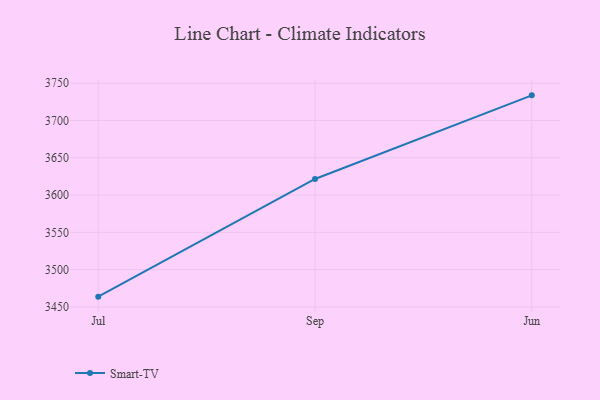
{"axis": {"x": "Month", "y": "Active Users"}, "legend": ["Smart-TV"], "data": [{"x": "Jul", "y": 3463.8, "type": "Smart-TV"}, {"x": "Sep", "y": 3621.6, "type": "Smart-TV"}, {"x": "Jun", "y": 3733.7, "type": "Smart-TV"}]}